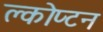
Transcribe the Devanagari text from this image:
क्लोप्टन